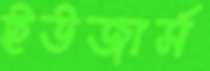
ইউজার্স